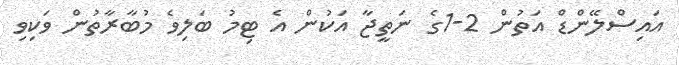
އައިސްލޭންޑް އަތުން 2-1ގެ ނަތީޖާ އަކުން އެ ޓިމު ބަލިވެ މުބާރާތުން ވަކިވި